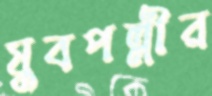
যুবপল্লীর